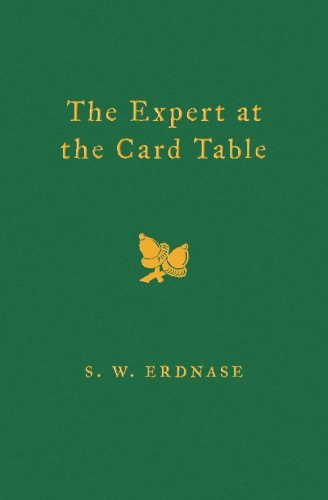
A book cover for The Expert at the Card Table; S. W. Erdnase; Humor & Entertainment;